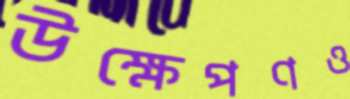
উক্ষেপণও